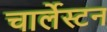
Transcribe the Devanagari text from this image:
चार्लेस्टन